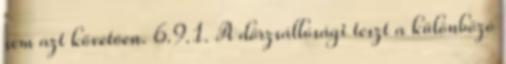
sem azt követõen. 6.9.1. A dörzsállósági teszt a különbözõ